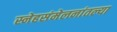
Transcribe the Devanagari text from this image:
स्नेहसंमेलनांतल्या